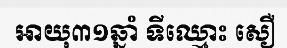
អាយុ៣១ឆ្នាំ ទីឈ្មោះ សឿ